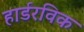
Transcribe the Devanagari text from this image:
हार्डरविक